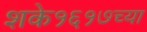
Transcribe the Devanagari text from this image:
शके१६१७च्या